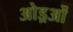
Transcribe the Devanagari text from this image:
ओड्रओं